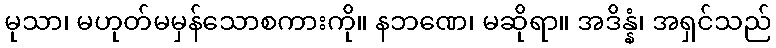
မုသာ၊ မဟုတ်မမှန်သောစကားကို။ နဘဏေ၊ မဆိုရာ။ အဒိန္နံ၊ အရှင်သည်